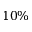
1 0 \%